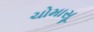
ચોમાસૂ